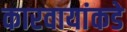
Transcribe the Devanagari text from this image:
कारवायांकडे